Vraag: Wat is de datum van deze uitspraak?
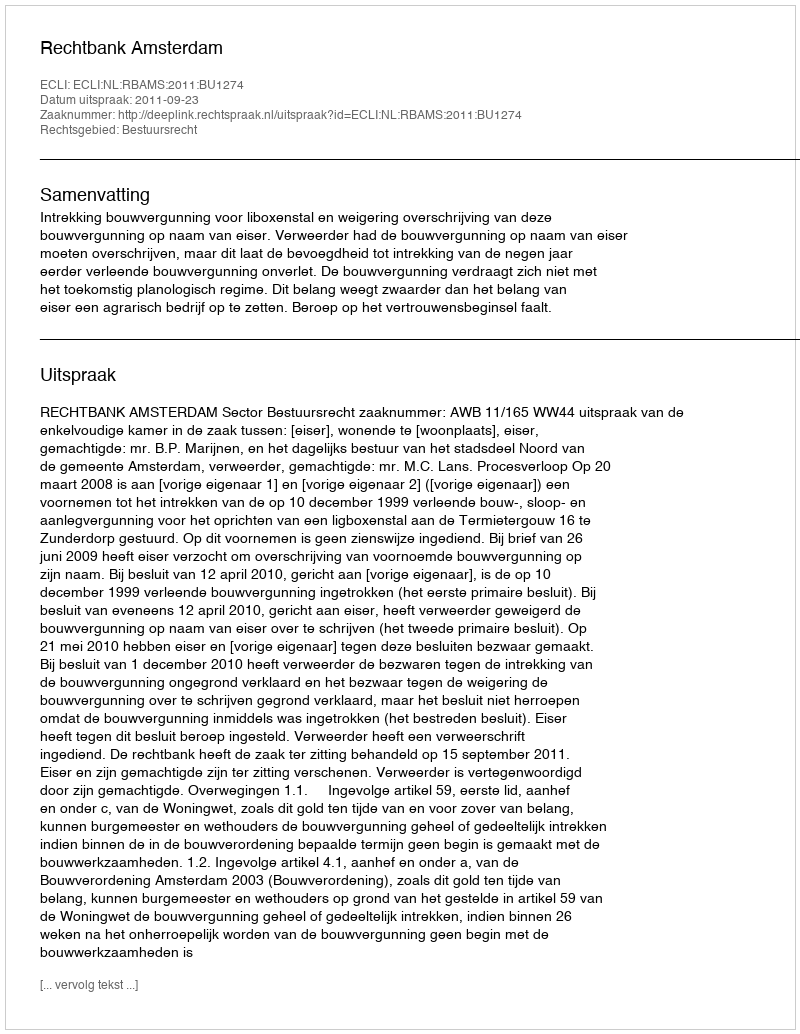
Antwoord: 2011-09-23